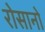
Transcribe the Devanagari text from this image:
रोसानो